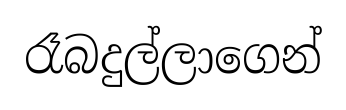
රෑබදුල්ලාගෙන්